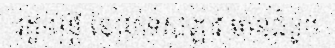
រដ្ឋមន្ត្រី នៃប្រទេសឡាវ មានជំនួប